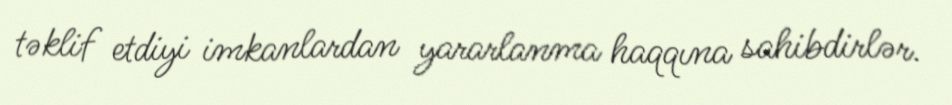
təklif etdiyi imkanlardan yararlanma haqqına sahibdirlər.